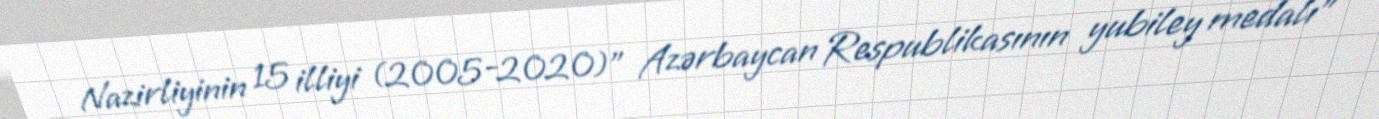
Nazirliyinin 15 illiyi (2005-2020)” Azərbaycan Respublikasının yubiley medalı"